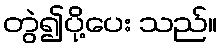
တွဲ၍ပို့ပေး သည်။